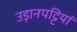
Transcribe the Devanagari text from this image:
उड़ानपट्टियां